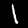
Label: 1